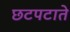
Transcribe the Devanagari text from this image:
छटपटाते